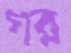
গর